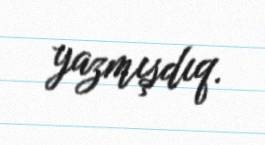
yazmışdıq.